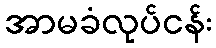
အာမခံလုပ်ငန်း